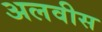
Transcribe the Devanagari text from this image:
अलवीस